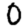
Digit: 0